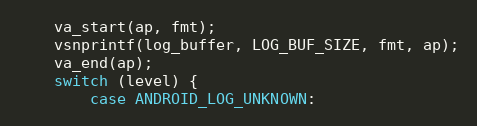
Language: C
    va_start(ap, fmt);
    vsnprintf(log_buffer, LOG_BUF_SIZE, fmt, ap);
    va_end(ap);
    switch (level) {
        case ANDROID_LOG_UNKNOWN: